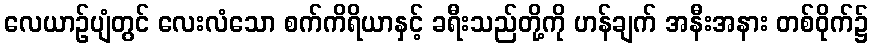
လေယာဉ်ပျံတွင် လေးလံသော စက်ကိရိယာနှင့် ခရီးသည်တို့ကို ဟန်ချက် အနီးအနား တစ်ဝိုက်၌